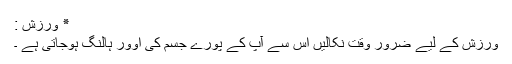
٭ ورزش :
ورزش کے لیے ضرور وقت نکالیں اس سے آپ کے پورے جسم کی اوور ہالنگ ہوجاتی ہے ۔